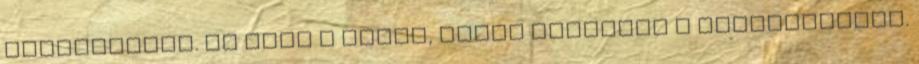
ellenségkép. Ez volt a közös, KÜLSŐ ellenség a kapitalizmus.